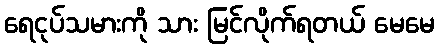
ရေငုပ်သမားကို သား မြင်လိုက်ရတယ် မေမေ